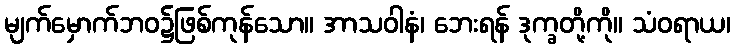
မျက်မှောက်ဘဝ၌ဖြစ်ကုန်သော။ အာသဝါနံ၊ ဘေးရန် ဒုက္ခတို့ကို။ သံဝရာယ၊